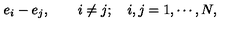
{ e _ { i } - e _ { j } , \quad \quad i \neq j ; \quad i , j = 1 , \cdots , N , }